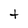
Character: t